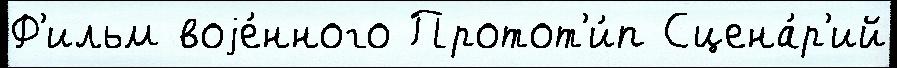
Ф'ильм воjе́нного Протот'и́п Сцена́р'ий